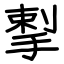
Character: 揧